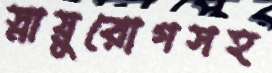
স্নায়ুরোগসহ